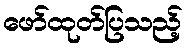
ဖော်ထုတ်ပြသည့်